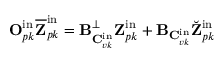
\mathbf { O } _ { p k } ^ { \mathrm { i n } } \overline { { \mathbf { Z } } } _ { p k } ^ { \mathrm { i n } } = \mathbf { B } _ { \mathbf { C } _ { v k } ^ { \mathrm { i n } } } ^ { \perp } \mathbf { Z } _ { p k } ^ { \mathrm { i n } } + \mathbf { B } _ { \mathbf { C } _ { v k } ^ { \mathrm { i n } } } \breve { \mathbf { Z } } _ { p k } ^ { \mathrm { i n } }